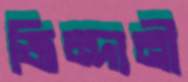
জিন্দানী